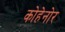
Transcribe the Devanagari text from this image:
कोहेनोर